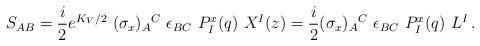
LaTeX: \begin{align*}S_{AB}={i\over 2}e^{K_V/2}~(\sigma_x)_A{}^C~\epsilon_{BC}~P^x_I(q)~X^I(z)={i\over 2}(\sigma_x)_A{}^C~\epsilon_{BC}~P^x_I(q)~L^I\, .\end{align*}